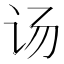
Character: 𰵌